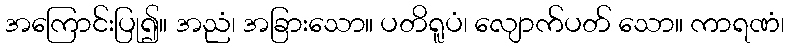
အကြောင်းပြု၍။ အညံ၊ အခြားသော။ ပတိရူပံ၊ လျောက်ပတ် သော။ ကာရဏံ၊